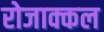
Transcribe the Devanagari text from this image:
रोजाक्कल